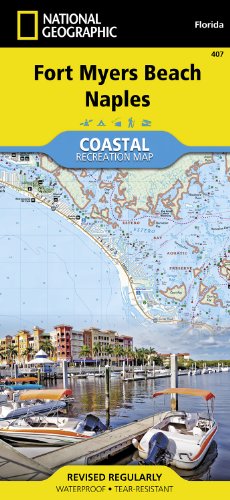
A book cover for Fort Myers Beach, Naples (National Geographic Trails Illustrated Map); National Geographic Maps - Trails Illustrated; Travel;